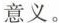
意义。